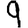
Digit: 9